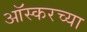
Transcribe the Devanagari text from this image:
आॅस्करच्या